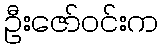
ဦးဇော်ဝင်းက